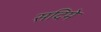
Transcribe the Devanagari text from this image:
सदिमे